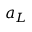
a _ { L }